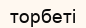
торбеті